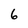
Character: 6